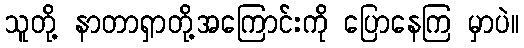
သူတို့ နာတာရှာတို့အကြောင်းကို ပြောနေကြ မှာပဲ။